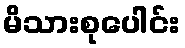
မိသားစုပေါင်း